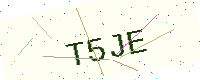
Text: T5JE